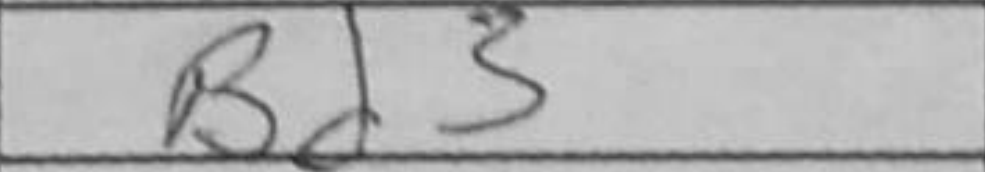
Transcription: Bd3